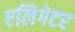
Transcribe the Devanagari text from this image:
एलिगेटर